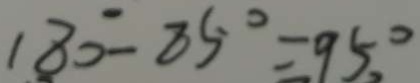
1 8 0 ^ { \circ } - 8 5 ^ { \circ } = 9 5 ^ { \circ } ,